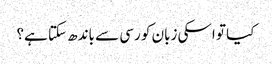
کیا تو اسکی زبان کو رسی سے باندھ سکتا ہے؟